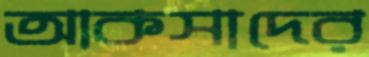
আকসাদের